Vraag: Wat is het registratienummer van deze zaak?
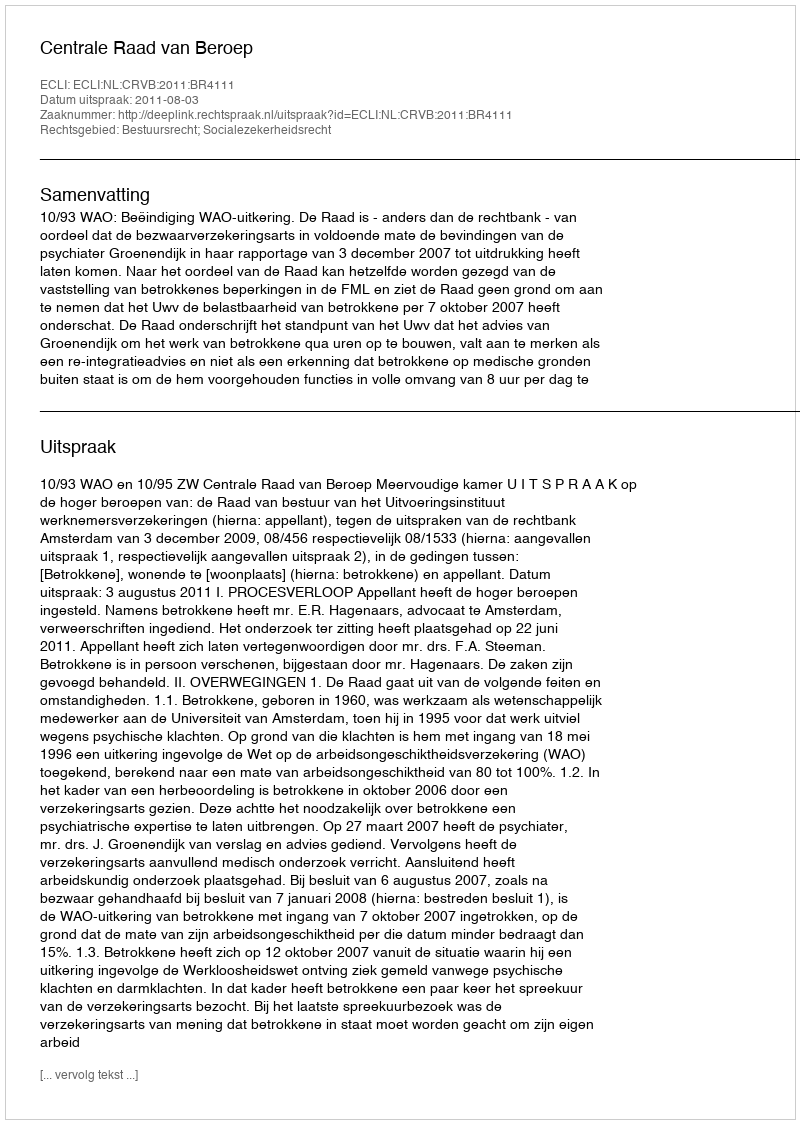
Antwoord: http://deeplink.rechtspraak.nl/uitspraak?id=ECLI:NL:CRVB:2011:BR4111